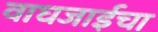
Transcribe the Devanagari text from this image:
वाघजाईचा